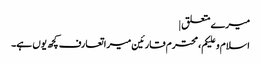
میرے متعلق |
اسلام و علیکم، محترم قارئین میرا تعارف کچھ یوں ہے۔